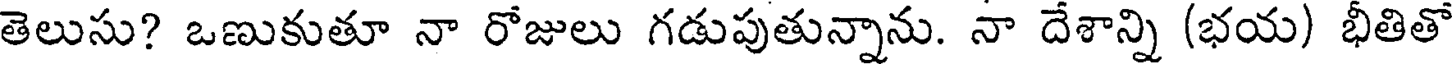
తెలుసు? ఒణుకుతూ నా రోజులు గడుపుతున్నాను. నా దేశాన్ని (భయ) భీతితో